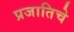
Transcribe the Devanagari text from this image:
प्रजातिचे